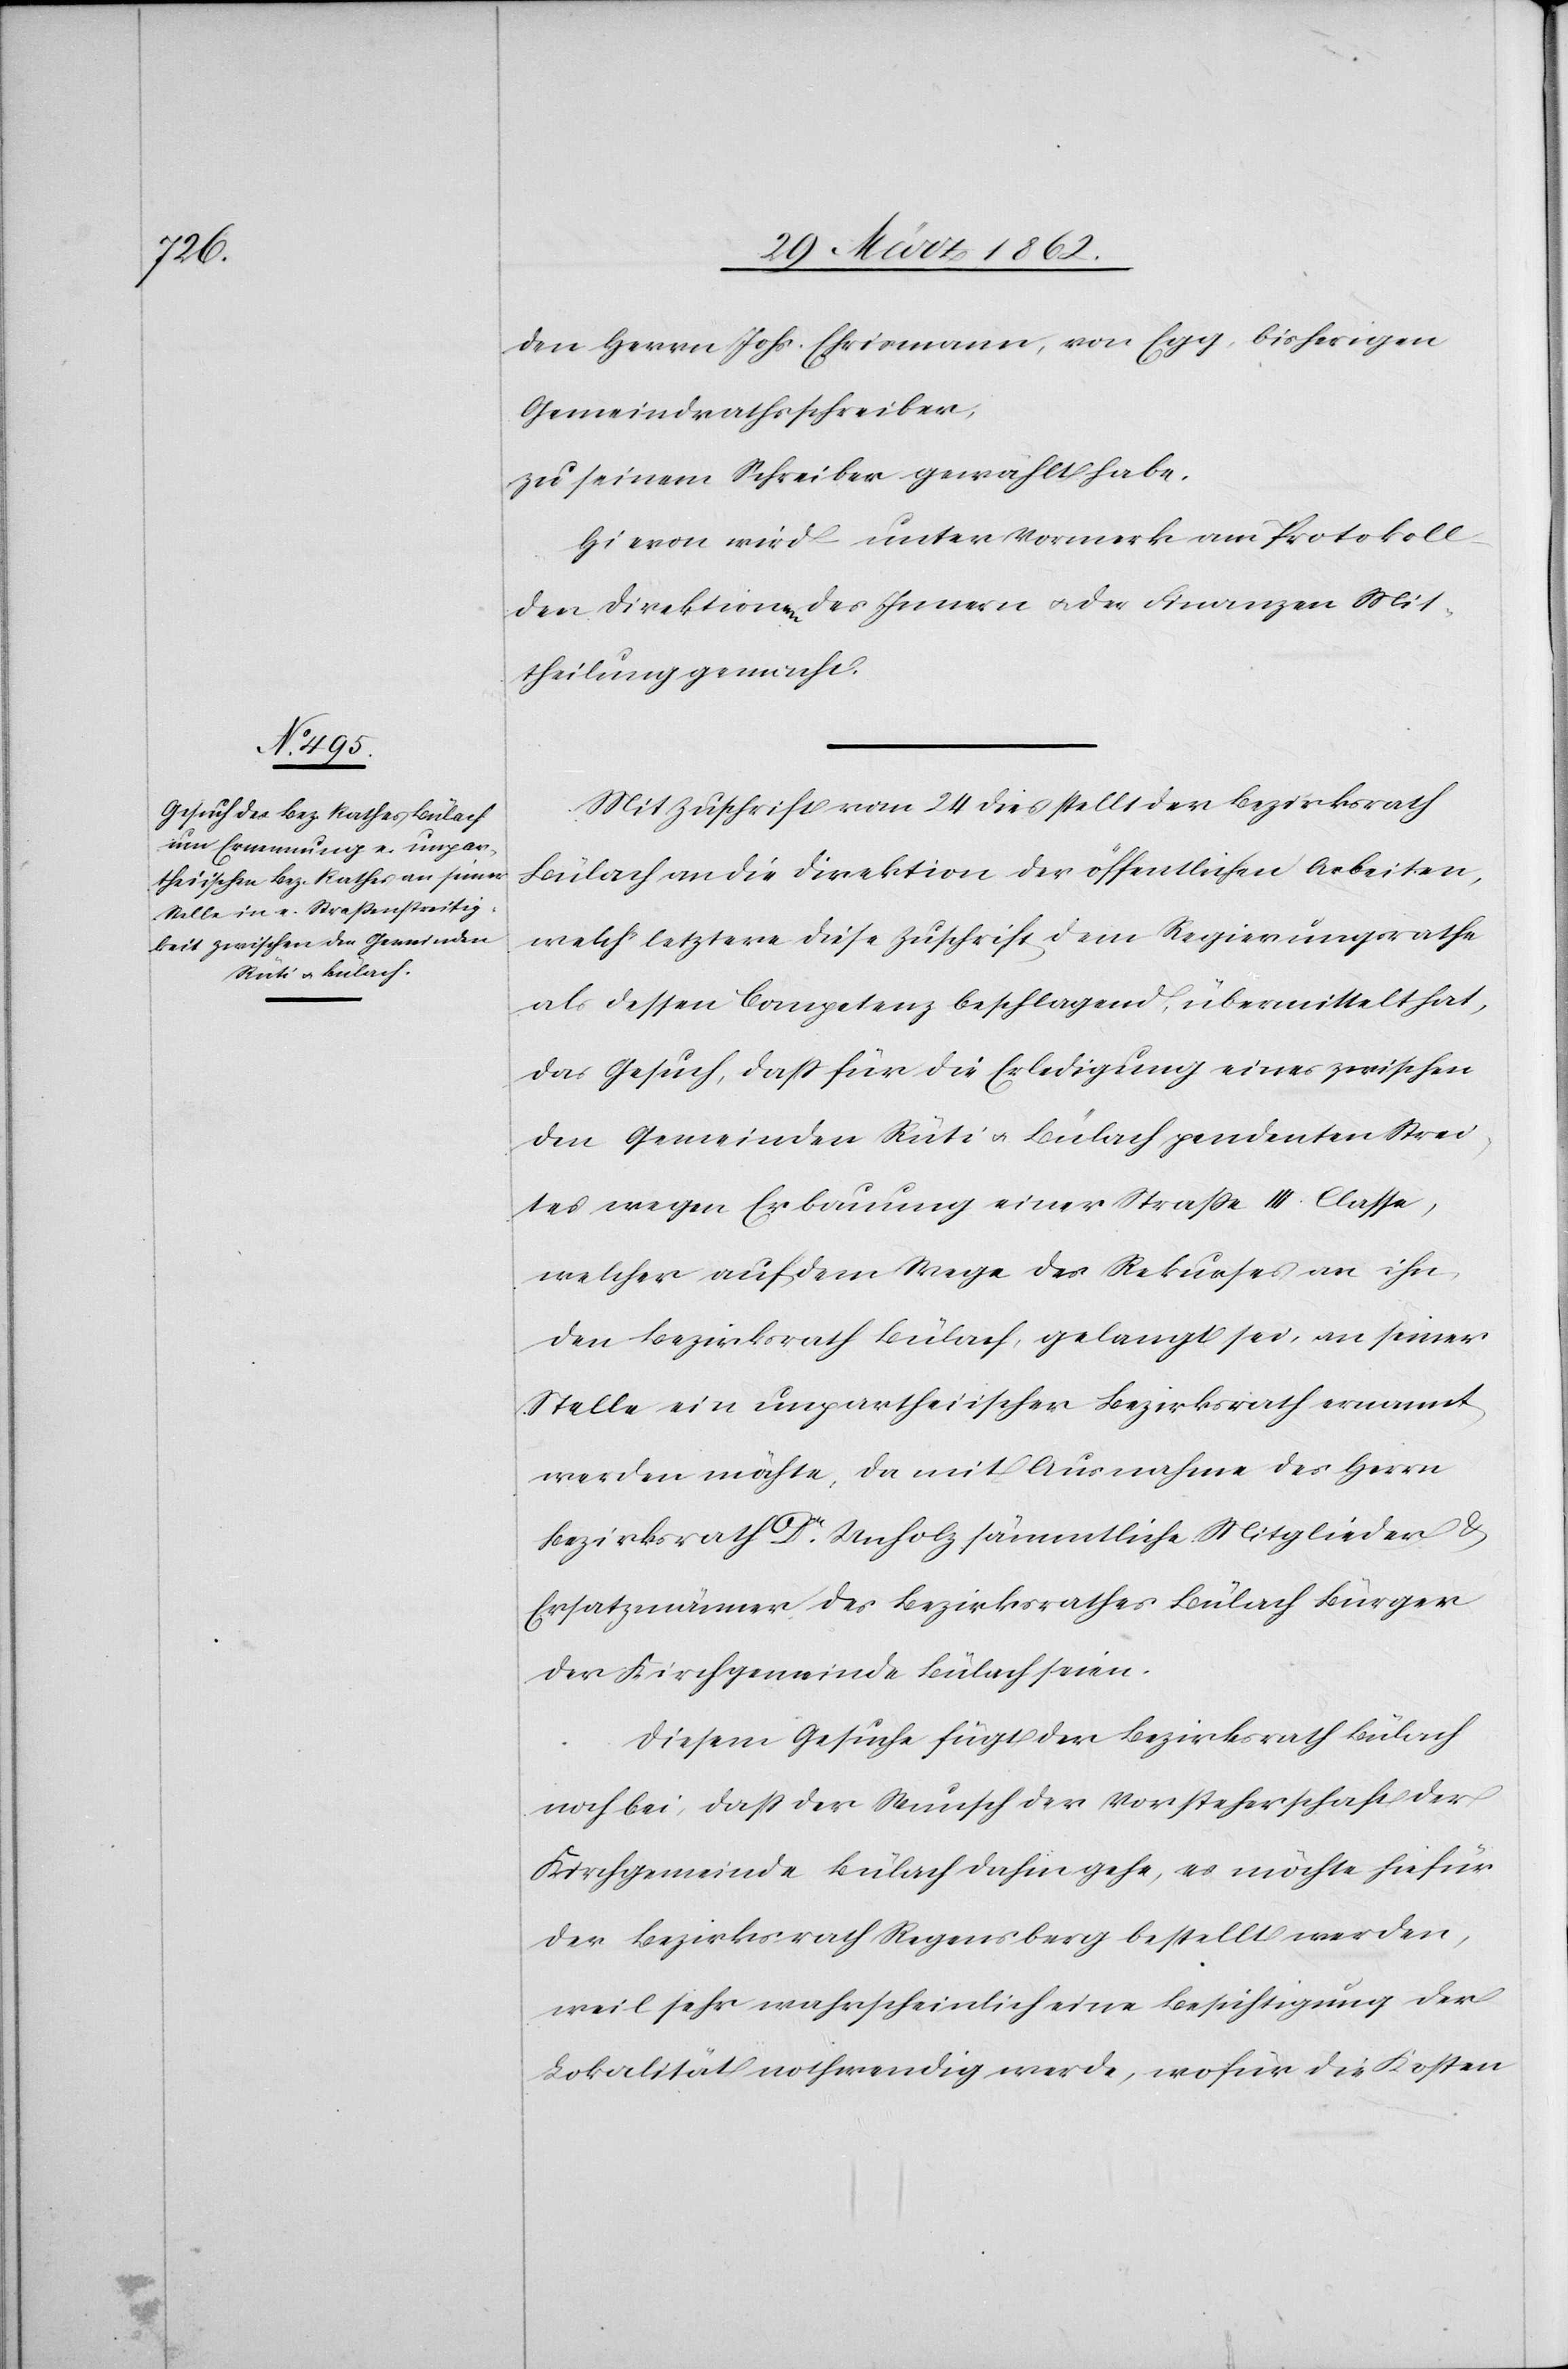
den Herrn Johs. Ehrismann, von Egg, bisherigen
Gemeindrathsschreiber,
zu seinem Schreiber gewählt habe.
Hievon wird unter Vormerk am Protokoll
den Direktionen des Innern u. der Finanzen Mit¬
theilung gemacht.
Mit Zuschrift vom 24 dies stellt der Bezirksrath
Bülach an die Direktion der öffentlichen Arbeiten,
welch‘ letztere diese Zuschrift dem Regierungsrathe
als dessen Competenz beschlagend, übermittelt hat,
das Gesuch, daß für die Erledigung eines zwischen
den Gemeinden Rüti u. Bülach pendenten Strei¬
tes wegen Erbauung einer Straße III. Classe,
welcher auf dem Wege des Rekurses an ihn,
den Bezirksrath Bülach, gelangt sei, an seiner
Stelle ein unpartheiischer Bezirksrath ernannt
werden möchte, da mit Ausnahme des Herrn
Bezirksrath Dr. Unholz, sämmtliche Mitglieder &
Ersatzmänner des Bezirksrathes Bülach Bürger
der Kirchgemeinde Bülach seien.
Diesem Gesuche fügt der Bezirksrath Bülach
noch bei, daß der Wunsch der Vorsteherschaft der
Kirchgemeinde Bülach dahin gehe, es möchte hiefür
der Bezirksrath Regensberg bestellt werden,
weil sehr wahrscheinlich eine Besichtigung der
Lokalität nothwendig werde, wofür die Kosten